Civil Veterinary Department Bihar reports 1940-50 - 1940-1950
Year: 1940
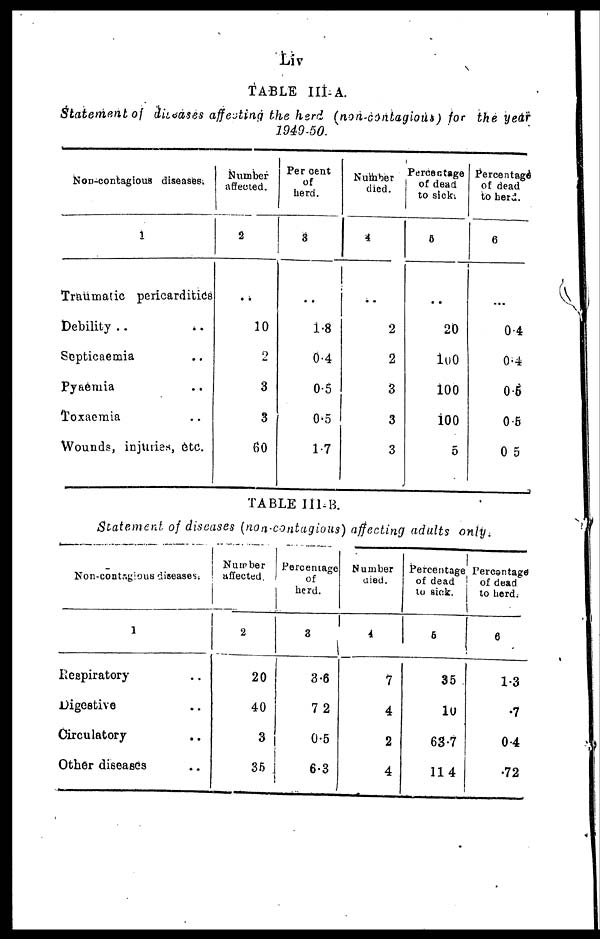
Liv
TABLE III-A.
Statement of diseases affesting the herd (non-contagious) for the year
1949-50.
Non-contagious diseases.
1
Traumatic pericarditics
Debility .. ..
Septicaemia ..
Pyaemia ..
Toxaemia ..
Wounds, injuries, etc.
Number
affected.
2
..
10
2
3
3
60
Per cent
of
herd.
3
..
1.8
0.4
0.5
0.5
1.7
Number
died.
4
..
2
2
3
3
3
Percentage
of dead
to sick.
5
..
20
100
100
100
5
Percentage
of dead
to herd.
6
..
0.4
0.4
0.5
0 5
0 5
TABLE III-B.
Statement of diseases (non-contagious) affecting adults only.
Non-contagious diseases.
1
Respiratory ..
Digestive ..
Circulatory ..
Other diseases ..
Number
affected.
2
20
40
3
36
Percentage
of
herd.
3
3.6
72
0.5
6.3
Number
died.
4
7
4
2
4
Percentage
of dead
to sick.
5
35
10
63.7
114
Percentage
of dead
to herd.
6
1.3
.7
0.4
.72